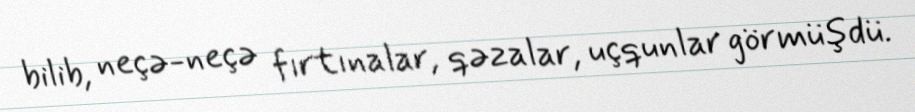
bilib, neçə-neçə fırtınalar, qəzalar, uçqunlar görmüşdü.